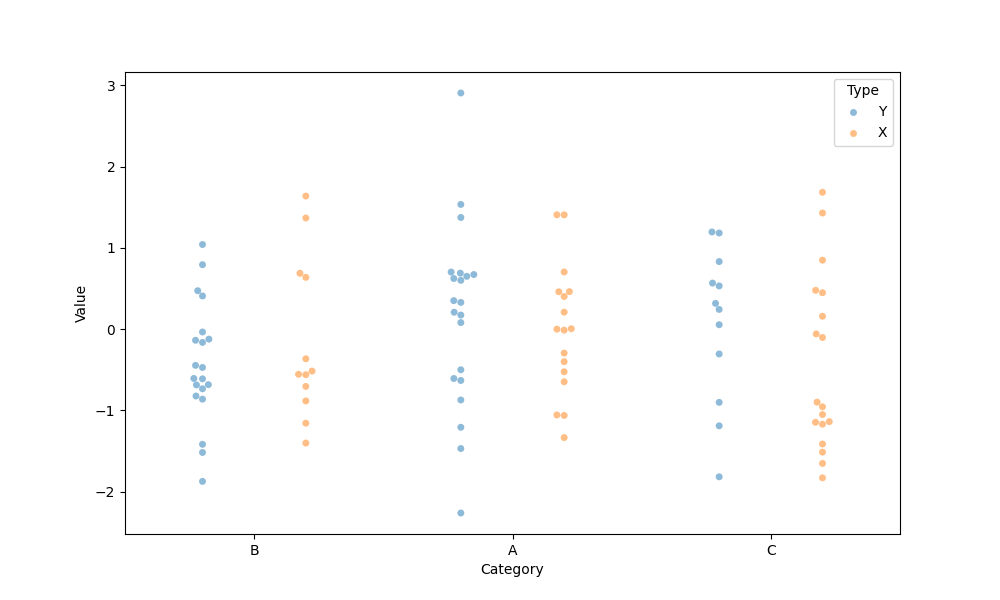
python, seaborn, swarmplot, dodge=True, alpha=0.5, size=5